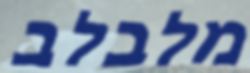
מלבלב